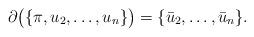
LaTeX: \begin{align*} \partial \bigl( \{\pi,u_2,\ldots,u_n\} \bigr) = \{\bar{u}_2,\ldots,\bar{u}_n\}.\end{align*}